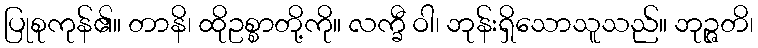
ပြုစုကုန်၏။ တာနိ၊ ထိုဥစ္စာတို့ကို။ လက္ခီ ဝါ၊ ဘုန်းရှိသောသူသည်။ ဘုဉ္ဇတိ၊